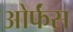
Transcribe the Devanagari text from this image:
ओर्फंस